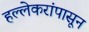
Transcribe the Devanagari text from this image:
हल्लेकरांपासून